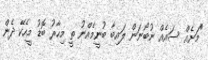
"މަށެއް ސައެއް ނުބޯނަން ލައިބާ ބުނީމެއްނު ތީ މިހާރު ބޮޑު މީހެކޭ ދެން